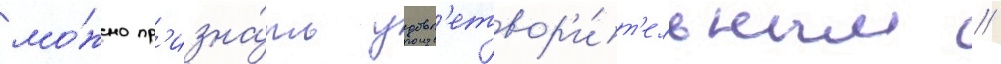
мо́жно пр'изна́ть удовл'етвор'и́т'ельным //